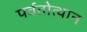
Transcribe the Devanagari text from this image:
पर्वतोत्‍थान